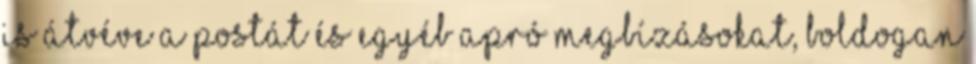
is átvéve a postát és egyéb apró megbízásokat, boldogan